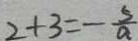
2 + 3 = - \frac { 5 } { a }